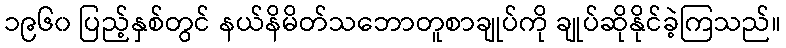
၁၉၆၀ ပြည့်နှစ်တွင် နယ်နိမိတ်သဘောတူစာချုပ်ကို ချုပ်ဆိုနိုင်ခဲ့ကြသည်။